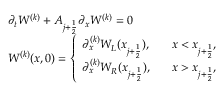
\begin{array} { l l } { \partial _ { t } W ^ { ( k ) } + A _ { j + \frac { 1 } { 2 } } \partial _ { x } W ^ { ( k ) } = 0 } \\ { W ^ { ( k ) } ( x , 0 ) = \left\{ \begin{array} { l l } { \partial _ { x } ^ { ( k ) } W _ { L } ( x _ { j + \frac { 1 } { 2 } } ) , } & { \; \; \; x < x _ { j + \frac { 1 } { 2 } } , } \\ { \partial _ { x } ^ { ( k ) } W _ { R } ( x _ { j + \frac { 1 } { 2 } } ) , } & { \; \; \; x > x _ { j + \frac { 1 } { 2 } } , } \end{array} \right. } \end{array}